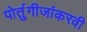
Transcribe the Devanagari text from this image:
पोर्तुगीजांकरवी